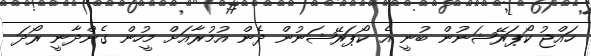
ހައްޖު ކޯޕަރޭޝަނުން ބުނީ އެ ކޯޕަރޭޝަނުން ދެން އުމުރާއަަށް މީހުން ގެންދާނީ ރޯދަ